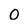
Character: 0